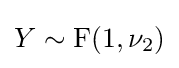
Y\sim \mathrm {F} (1,\nu _{2})